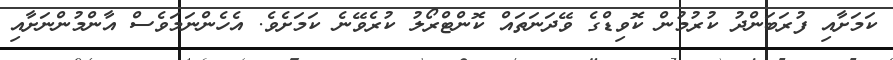
ކަމަށާއި ފުރަބަންދު ކުރުމުން ކޮވިޑްގެ ވޭދަނަތައް ކޮންޓްރޯލު ކުރެވޭނެ ކަމަށެވެ. އެހެންނަމަވެސް އާންމުންނަށާއި